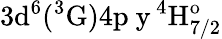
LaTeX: \mathrm{3d^{6}(^{3}G)4p\ y\, ^{4}H_{7/2}^{o}}